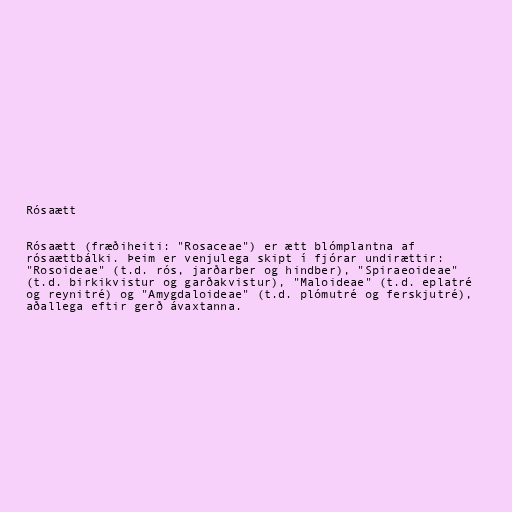
Rósaætt

Rósaætt (fræðiheiti: "Rosaceae") er ætt blómplantna af
rósaættbálki. Þeim er venjulega skipt í fjórar undirættir:
"Rosoideae" (t.d. rós, jarðarber og hindber), "Spiraeoideae"
(t.d. birkikvistur og garðakvistur), "Maloideae" (t.d. eplatré
og reynitré) og "Amygdaloideae" (t.d. plómutré og ferskjutré),
aðallega eftir gerð ávaxtanna.